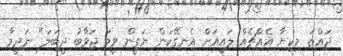
ދައްތަ މިކިޔާ އެއްޗެއް ލައިއަށް އެނގޭކަން ޔަގީން ވީމަ ޖަވާބު ދީބަލަ" ނަދީމާ